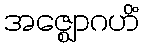
အဇ္ဈောဂဟိံ